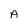
Character: A